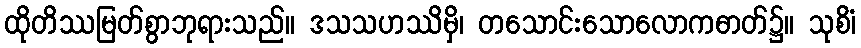
ထိုတိဿမြတ်စွာဘုရားသည်။ ဒသသဟဿိမှိ၊ တသောင်းသောလောကဓာတ်၌။ သုစိံ၊